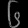
Digit: ၆